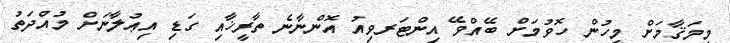
މިމަޤާމަށް މީހުން ހޮވުމަށް ބޭއްވޭ އިންޓަރވިއު އޮންނާނެ ތާރީޚާއި ގަޑި އިޢުލާނަށް މުއްދަތު